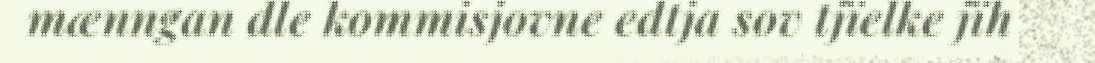
mænngan dle kommisjovne edtja sov tjïelke jïh